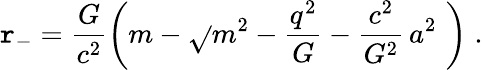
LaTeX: \mathtt{r}_{-}=\frac{{G}}{{c^{2}}}\left(m-\sqrt{}{{m^{2}-\frac{{q^{2}}}{{G}}-\frac{{c^{2}}}{{G^{2}}}\, a^{2}}}\, \, \right)\; .